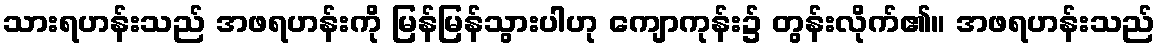
သားရဟန်းသည် အဖရဟန်းကို မြန်မြန်သွားပါဟု ကျောကုန်း၌ တွန်းလိုက်၏။ အဖရဟန်းသည်